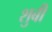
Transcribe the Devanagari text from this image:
शुबी